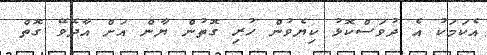
އެކަމަކު އެ ދުވަސްކޮޅު ކިޔެވުން ހުރި ގޮތުން ޔާން އަށް އާދެވޭ ގޮތް